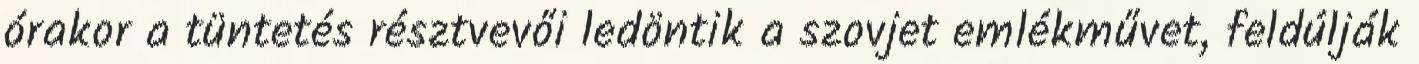
órakor a tüntetés résztvevői ledöntik a szovjet emlékművet, feldúlják